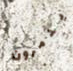
يدمرون